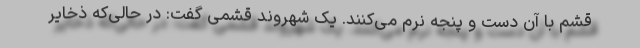
قشم با آن دست و پنجه نرم می‌کنند. یک شهروند قشمی گفت: در حالی‌که ذخایر